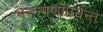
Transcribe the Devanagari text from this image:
भक्तगणांपर्यन्त